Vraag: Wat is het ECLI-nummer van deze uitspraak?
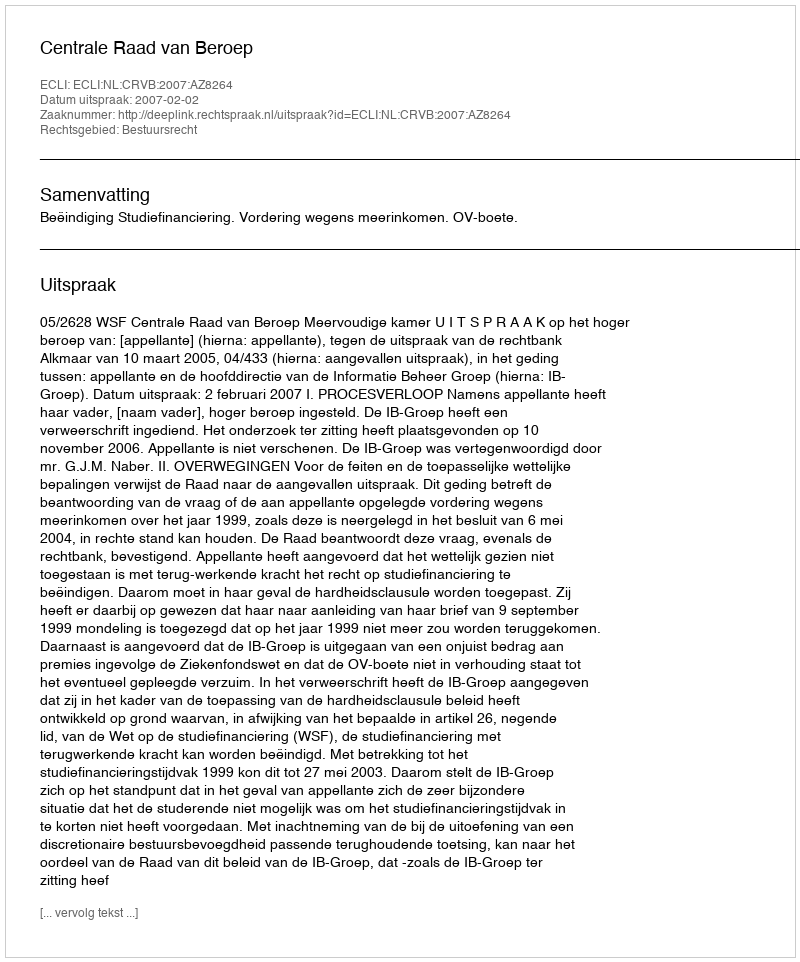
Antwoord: ECLI:NL:CRVB:2007:AZ8264